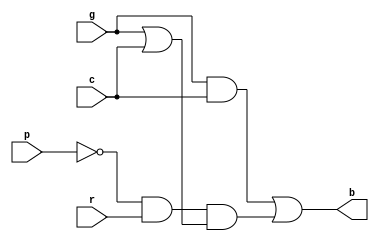
`timescale 1 ns / 1 ns
module myModule(b,r,c,g,p);

input r,c,g,p;
output b;

wire and1, and2, and3;
wire or1;
wire not1;

// Gate level verilog
not(not1, p);

and(and1, g, c);
and(and2, not1, r);
or(or1, g, c);

and(and3, and2, or1);

or(b, and1, and3);

endmodule